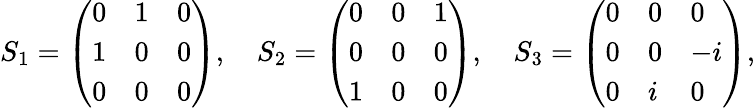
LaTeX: S_{1}=\left(\begin{array}{lll}{0}&{1}&{0}\\ {1}&{0}&{0}\\ {0}&{0}&{0}\end{array}\right),\quad S_{2}=\left(\begin{array}{lll}{0}&{0}&{1}\\ {0}&{0}&{0}\\ {1}&{0}&{0}\end{array}\right),\quad S_{3}=\left(\begin{array}{lll}{0}&{0}&{0}\\ {0}&{0}&{-i}\\ {0}&{i}&{0}\end{array}\right),